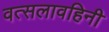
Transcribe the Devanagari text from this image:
वत्सलावहिनी